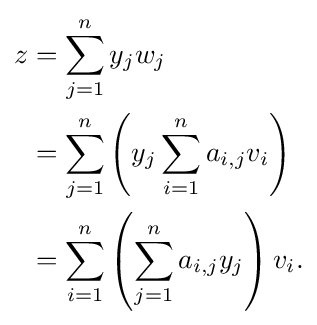
{\begin{aligned}z&=\sum _{j=1}^{n}y_{j}w_{j}\\&=\sum _{j=1}^{n}\left(y_{j}\sum _{i=1}^{n}a_{i,j}v_{i}\right)\\&=\sum _{i=1}^{n}\left(\sum _{j=1}^{n}a_{i,j}y_{j}\right)v_{i}.\end{aligned}}